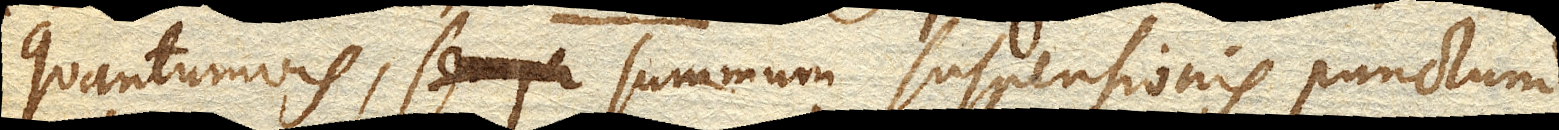
quantumvis, summum suspensionis punctum